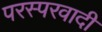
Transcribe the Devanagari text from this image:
परस्परवादी